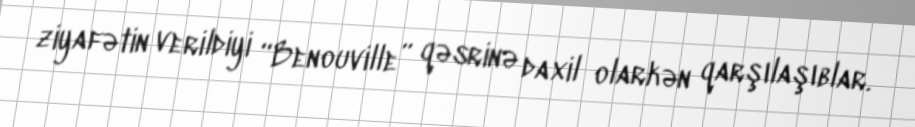
ziyafətin verildiyi “Benouville” qəsrinə daxil olarkən qarşılaşıblar.